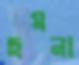
ছয়না